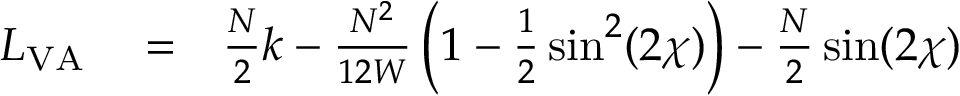
\begin{array} { r l r } { L _ { \mathrm { V A } } } & { { } = } & { \frac { N } { 2 } k - \frac { N ^ { 2 } } { 1 2 W } \left( 1 - \frac { 1 } { 2 } \sin ^ { 2 } ( 2 \chi ) \right) - \frac { N } { 2 } \sin ( 2 \chi ) } \end{array}